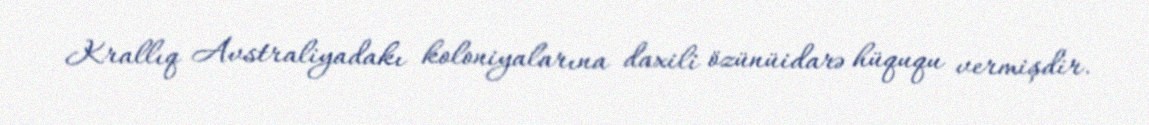
Krallıq Avstraliyadakı koloniyalarına daxili özünüidarə hüququ vermişdir.